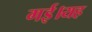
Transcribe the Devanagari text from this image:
गई।यह